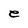
Character: e